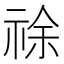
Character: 𰨂